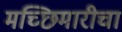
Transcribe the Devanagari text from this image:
मच्छिमारीचा